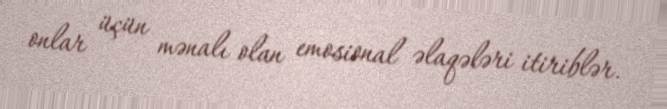
onlar üçün mənalı olan emosional əlaqələri itiriblər.